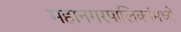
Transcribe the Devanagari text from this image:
महानगरपालिकांमध्ये